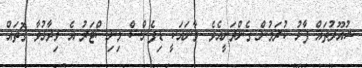
ޝުއޫރުތައް ފާޅު ކުރަމުން ގެންދަނީއެވެ. މާނައަކީ ޑިފެންސް މިނިސްޓަރު އެ ވިދާޅުވާ ގޮތައް